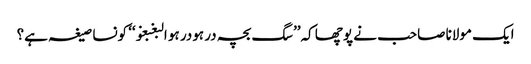
ایک مولانا صاحب نے پوچھا کہ’’سگ بچہ در ہودر ہو البغبغو‘‘ کونسا صیغہ ہے؟